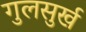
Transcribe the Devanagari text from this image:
गुलसुर्ख